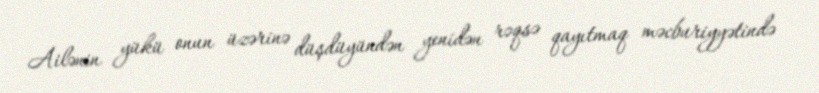
Ailənin yükü onun üzərinə düşdüyündən yenidən rəqsə qayıtmaq məcburiyyətində